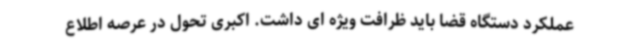
عملکرد دستگاه قضا باید ظرافت ویژه ای داشت. اکبری تحول در عرصه اطلاع